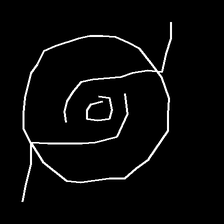
Glyph: repetition